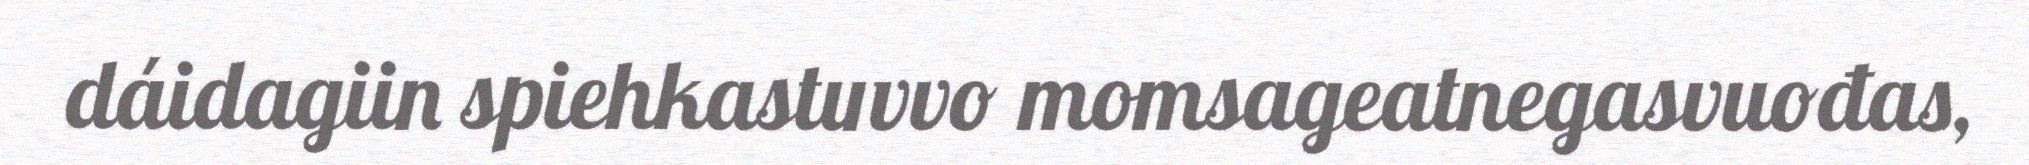
dáidagiin spiehkastuvvo momsageatnegasvuođas,